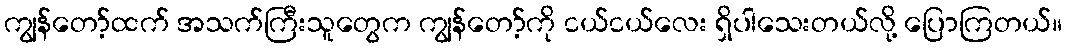
ကျွန်တော့်ထက် အသက်ကြီးသူတွေက ကျွန်တော့်ကို ငယ်ငယ်လေး ရှိပါသေးတယ်လို့ ပြောကြတယ်။